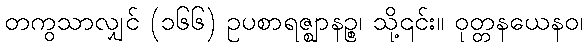
တကွသာလျှင် (၁၆၆) ဥပစာရဇ္ဈာနဉ္စ၊ သို့၎င်း။ ဝုတ္တနယေနဝ၊